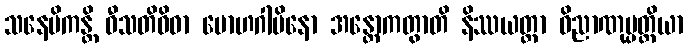
သနေမိကန္တိ ဝီသတိဝိဓာ မောဟဂါမိနော အန္တောကတွာတိ နိဿယတ္တာ ဝိညာဏုပ္ပတ္တိယာ